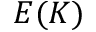
E ( K )